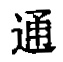
通